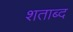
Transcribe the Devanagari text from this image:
शताब्द